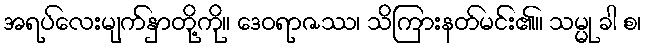
အရပ်လေးမျက်နှာတို့ကို။ ဒေဝရာဇဿ၊ သိကြားနတ်မင်း၏။ သမ္မု ခါ စ၊